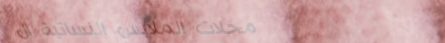
محلات الملابس النسائية ال